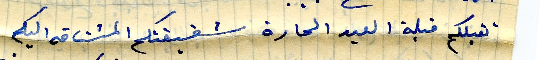
تقبلكم قبلة العيد الحارة شقيقتكم المشتاقة اليكم